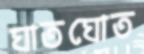
ঘাতঘোত